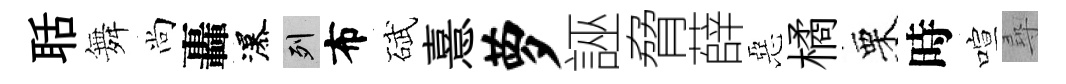
聒舞尚轟瀑列布碔憙萝誣脅薛惡橘栗時喧尋